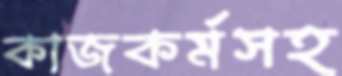
কাজকর্মসহ